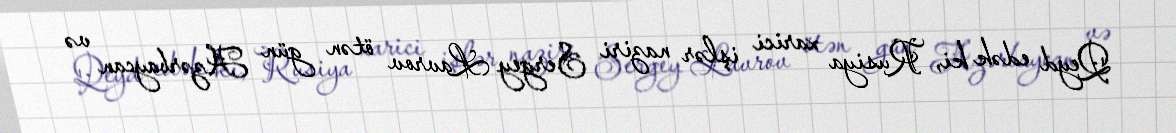
Qeyd edək ki, Rusiya xarici işlər naziri Sergey Lavrov ötən gün Azərbaycan və